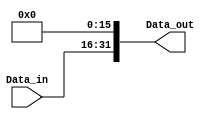
module LUI (
	input wire[15:0] Data_in,
	output wire[31:0] Data_out
);

	assign Data_out = {Data_in, 16'd0};

endmodule